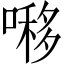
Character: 𠼪